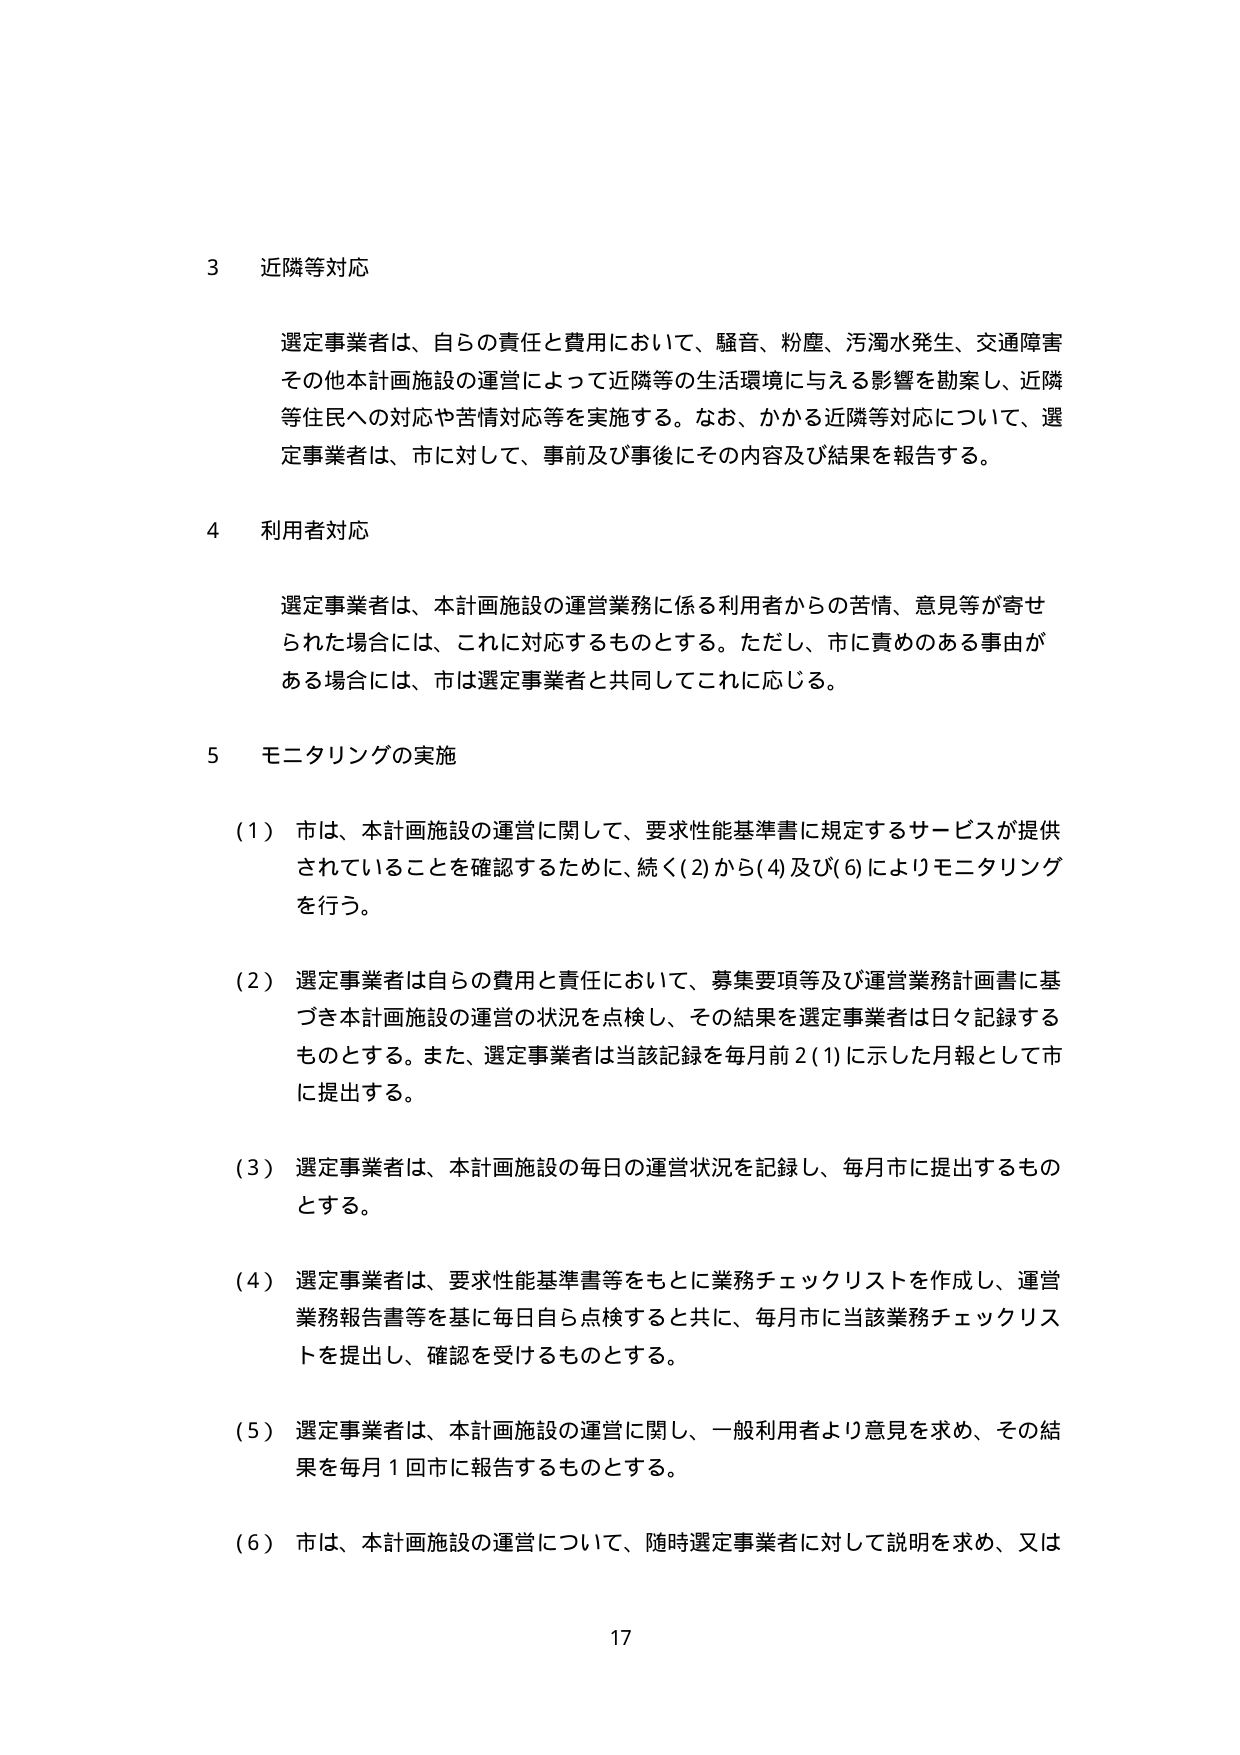
3 近隣等対応

選定事業者は、自らの責任と費用において、騒音、粉塵、汚濁水発生、交通障害その他本計画施設の運営によって近隣等の生活環境に与える影響を勘案し、近隣等住民への対応や苦情対応等を実施する。なお、かかる近隣等対応について、選定事業者は、市に対して、事前及び事後にその内容及び結果を報告する。

4 利用者対応

選定事業者は、本計画施設の運営業務に係る利用者からの苦情、意見等が寄せられた場合には、これに対応するものとする。ただし、市に責めのある事由がある場合には、市は選定事業者と共同してこれに応じる。

5 モニタリングの実施

(1) 市は、本計画施設の運営に関して、要求性能基準書に規定するサービスが提供されていることを確認するために、続く(2)から(4)及び(6)によりモニタリングを行う。

(2) 選定事業者は自らの費用と責任において、募集要項等及び運営業務計画書に基づき本計画施設の運営の状況を点検し、その結果を選定事業者は日々記録するものとする。また、選定事業者は当該記録を毎月前2(1)に示した月報として市に提出する。

(3) 選定事業者は、本計画施設の毎日の運営状況を記録し、毎月市に提出するものとする。

(4) 選定事業者は、要求性能基準書等をもとに業務チェックリストを作成し、運営業務報告書等を基に毎日自ら点検すると共に、毎月市に当該業務チェックリストを提出し、確認を受けるものとする。

(5) 選定事業者は、本計画施設の運営に関し、一般利用者より意見を求め、その結果を毎月1回市に報告するものとする。

(6) 市は、本計画施設の運営について、随時選定事業者に対して説明を求め、又は

17